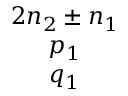
\begin{array} { c } { 2 n _ { 2 } \pm n _ { 1 } } \\ { p _ { 1 } } \\ { q _ { 1 } } \end{array}